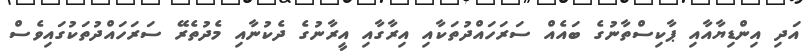
އަދި އިންޑިޔާއާއި ޕާކިސްތާނުގެ ބައެއް ސަރަހައްދުތަކާއި އިރާގާއި އީރާނުގެ ދެކުނާއި މެދުތެރޭ ސަރަހައްދުތަކުގައިވެސް